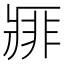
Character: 𰣱